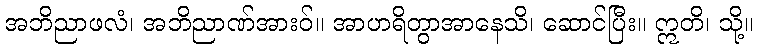
အဘိညာဖလံ၊ အဘိညာဏ်အားဝ်။ အာဟရိတွာအာနေသိ၊ ဆောင်ပြီး။ ဣတိ၊ သို့။